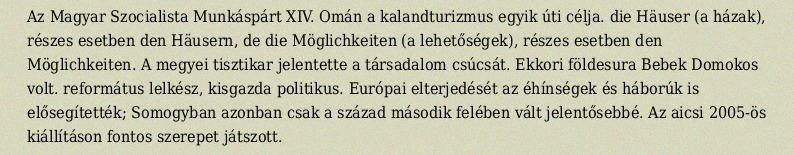
Az Magyar Szocialista Munkáspárt XIV. Omán a kalandturizmus egyik úti célja. die Häuser (a házak), részes esetben den Häusern, de die Möglichkeiten (a lehetőségek), részes esetben den Möglichkeiten. A megyei tisztikar jelentette a társadalom csúcsát. Ekkori földesura Bebek Domokos volt. református lelkész, kisgazda politikus. Európai elterjedését az éhínségek és háborúk is elősegítették; Somogyban azonban csak a század második felében vált jelentősebbé. Az aicsi 2005-ös kiállításon fontos szerepet játszott.